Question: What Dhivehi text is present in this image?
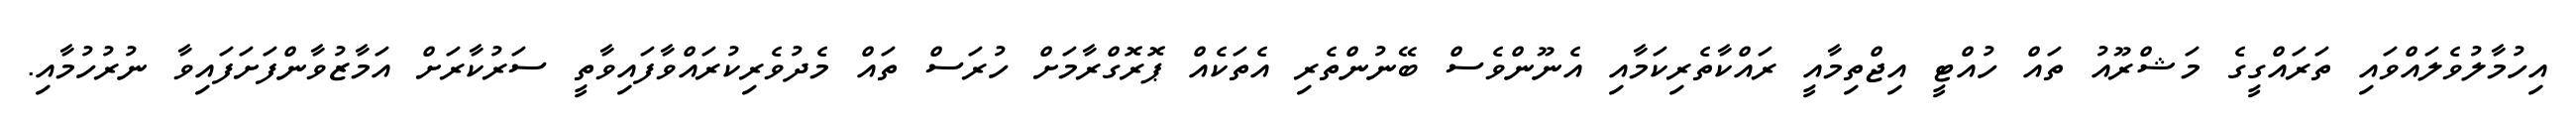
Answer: އިހުމާލުވެލައްވައި ތަރައްގީގެ މަޝްރޫއު ތައް ހުއްޓީ އިޖްތިމާއީ ރައްކާތެރިކަމާއި އެނޫންވެސް ބޭނުންތެރި އެތަކެއް ޕޮރޮގްރާމަށް ހުރަސް ތައް މެދުވެރިކުރައްވާފައިވާތީ ސަރުކާރަށް އަމާޒުވާންފަށަފައިވާ ނުރުހުމާއި.